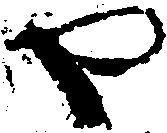
や